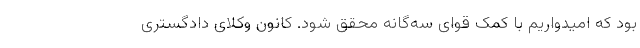
بود که امیدواریم با کمک قوای سه‌گانه محقق شود. کانون وکلای دادگستری